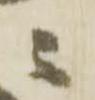
ニ